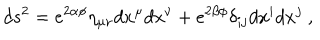
LaTeX: d s ^ { 2 } = e ^ { 2 \alpha \phi } \eta _ { \mu \nu } d x ^ { \mu } d x ^ { \nu } + e ^ { 2 \beta \phi } \delta _ { i j } d x ^ { i } d x ^ { j } \ ,